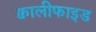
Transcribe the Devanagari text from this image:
क्वालीफाइड